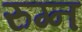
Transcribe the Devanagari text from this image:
रुग्न